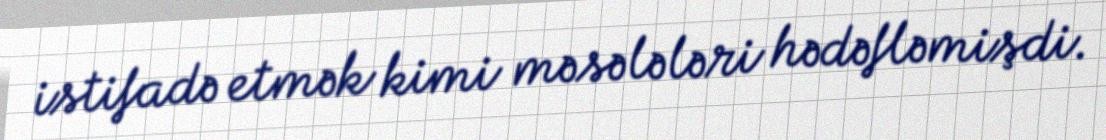
istifadə etmək kimi məsələləri hədəfləmişdi.